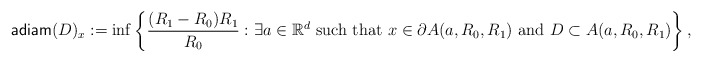
\begin{align*}{\sf adiam}(D)_x:=\inf\left\{\frac{(R_{1}-R_{0})R_{1}}{R_{0}}: \exists a\in \mathbb{R}^d \mbox{ such that } x\in\partial A(a,R_0,R_1) \mbox{ and } D\subset A(a,R_0,R_1) \right\},\end{align*}